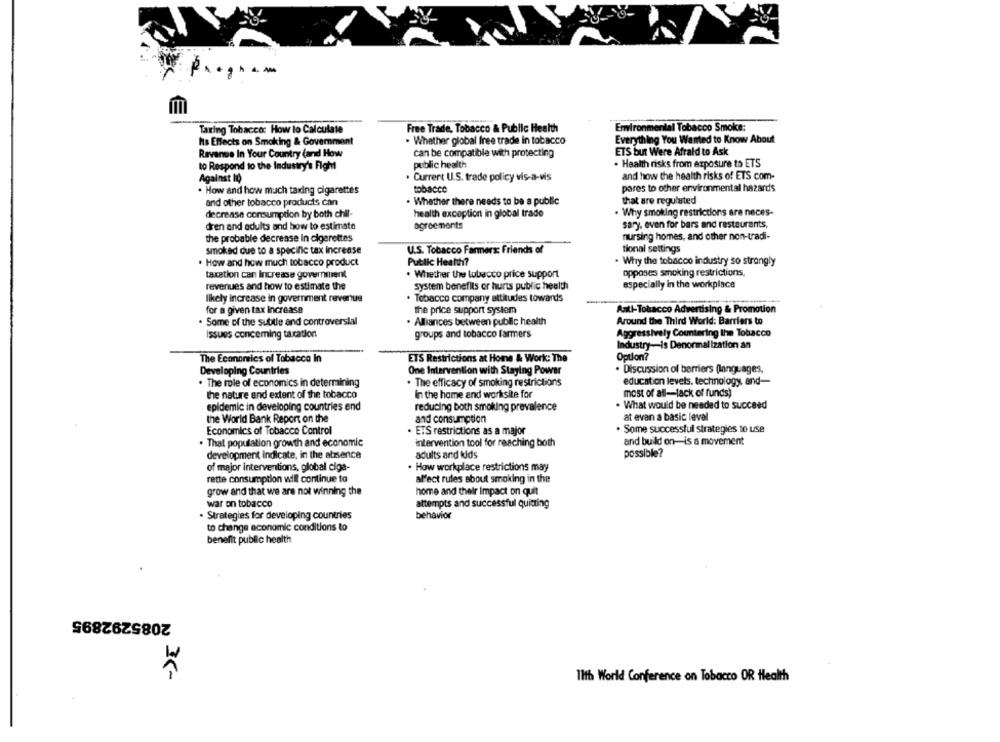
-
Taring Tobacco: How to Calculate
Free Trade, Tobacco & Public Health
Environmental Tobacco Smoke:
Its Effects on Smoking & Government
. Whether global free trade in tobacco
Everything You Wanted to Know About
Revenue In Your Country (and How
can be compatible with protecting
ETS but Were Afraid to Ask
. Health risks from exposure to ETS
to Respond to the Industry's Fight
public health
Against Ii
· Current U.S. trade policy vis-a-vis
and how the health risks of ETS com-
. How and how much taxing cigarettes
tobacco
pares to other environmental hazards
. Whether there needs to be a public
that are regulated
and other tobacco products can
decrease consumption by both chil-
health exception in global trade
. Why smoking restrictions are neces-
dren and adults and how to estimate
agreements
sary, even for bars and restaurants,
the probable decrease In cigarettes
nursing homes, and other non-tradi-
smoked due to a specific tax increase
U.S. Tobacco Farmers: Friends of
tional settings
. How and how much tobacco product
Public Health?
. Why the tobacco industry so strongly
taxation can Increase goverment
Whether the tobacco price support
opposes smoking restrictions,
revenues and how to estimate the
system benefits or hurts public health
especially in the workplace
likely increase in government revenus
· Tobacco company attitudes towards
for a given tax Increase
the price support system
Anti-Tobacco Advertising & Promotion
Around the Third World: Barriers to
. Some of the subtle and controversial
Alliances between public health
Issues concerning taxation
groups and tobacco farmers
Aggressively Countering the Tobacco
Industry-is Denormal Ization an
Option?
The Economics of Tobacco In
ETS Restrictions at Home & Work: The
Developing Countries
One Intervention with Staying Power
· Discussion of barriers (languages,
. The role of economics in determining
. The efficacy of smoking restrictions
education levels, technology, and-
the nature and extent of the tobacco
In the home and worksite for
most of all-lack of funds)
epidemic in developing countries end
reducing both smoking prevalence
. What would be needed to succeed
the World Bank Report on the
and consumption
at evan a basic level
Economics of Tobacco Control
. ETS restrictions as a major
. Some successful strategies to use
. That population growth and economic
intervention tool for reaching both
and build on-is a movement
possible?
development indicate, in the absence
adults and kids
of major interventions, global ciga-
. How workplace restrictions may
rette consumption will continue to
al'ect rules about smoking in the
grow and that we are not winning the
home and their Impact on quit
war on tobacco
attempts and successful quitting
· Strategies for developing countries
behavior
to change economic conditions to
benefit public health
2085292895
Ilth World Conference on Tobacco OR Health